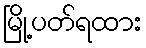
မြို့ပတ်ရထား